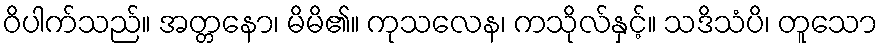
ဝိပါက်သည်။ အတ္တနော၊ မိမိ၏။ ကုသလေန၊ ကသိုလ်နှင့်။ သဒိသံပိ၊ တူသော